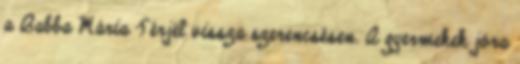
a Babba Mária Térjél vissza szerencsésen. A gyermekek jóra